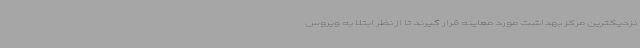
نزدیکترین مرکز بهداشت مورد معاینه قرار گیرند تا از نظر ابتلا به ویروس